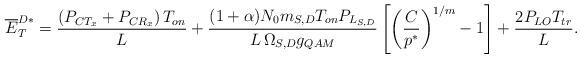
LaTeX: \begin{align*}\overline{E}^{D*}_{T} = \frac{\left(P_{CT_x} + P_{CR_x} \right) T_{on} }{L} + \frac{(1 + \alpha) N_{0} m_{S, D} T_{on} P_{L_{S,D}} }{L\, \Omega_{S,D}g_{QAM}} \left[\left(\frac{C}{p^{*}}\right)^{1/m} - 1\right] + \frac{ 2P_{LO}T_{tr}}{L}.\end{align*}